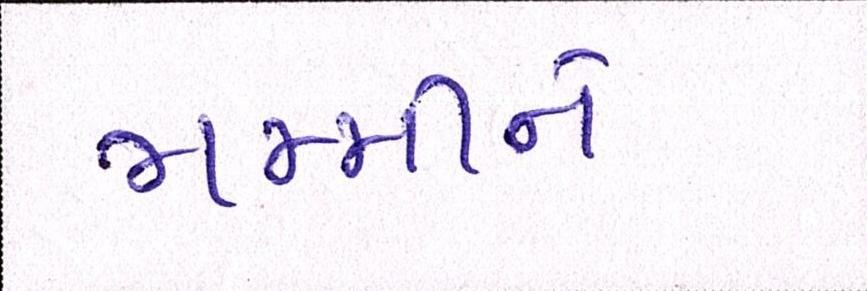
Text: મમ્મીને